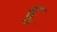
િિ